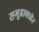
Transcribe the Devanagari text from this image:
समूहाबाहेर